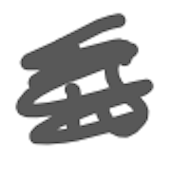
Text: is
Cross-out: scratch
Writing tool: digital_gray